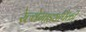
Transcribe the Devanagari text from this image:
रेल्वेगाड्यांपैकी